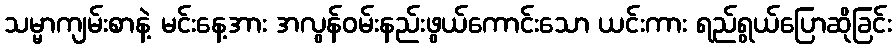
သမ္မာကျမ်းစာနဲ့ မင်းနေ့အား အလွန်ဝမ်းနည်းဖွယ်ကောင်းသော ယင်းကား ရည်ရွယ်ပြောဆိုခြင်း